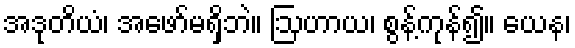
အဒုတိယံ၊ အဖော်မရှိဘဲ။ ဩဟာယ၊ စွန့်ကုန်၍။ ယေန၊